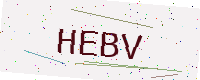
Text: HEBV